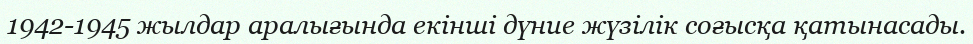
1942-1945 жылдар аралығында екінші дүние жүзілік соғысқа қатынасады.